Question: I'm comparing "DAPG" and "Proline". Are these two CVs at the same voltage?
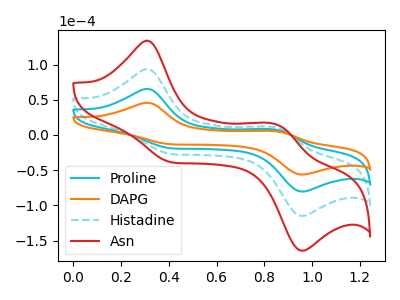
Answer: <think>The cyan curve "Proline" has anodic peaks at (0.30V, 65.40uA) (0.85V, 7.35uA) and cathodic peaks at (0.40V, -19.20uA) (0.95V, -80.35uA). The orange curve "DAPG" has anodic peaks at (0.30V, 45.75uA) (0.85V, 5.15uA) and cathodic peaks at (0.40V, -13.45uA) (0.95V, -56.20uA). The cyan dashed curve "Histadine" has anodic peaks at (0.30V, 130.80uA) (0.85V, 14.70uA) and cathodic peaks at (0.40V, -38.40uA) (0.95V, -160.70uA). The red curve "Asn" has anodic peaks at (0.30V, 196.20uA) (0.85V, 22.00uA) and cathodic peaks at (0.40V, -57.60uA) (0.95V, -241.05uA).
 All the peaks in "DAPG" have a peak in "Proline" at the same potential. Every peak in "DAPG" is lower than every peak in "Proline".</think>
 <answer>"DAPG" and "Proline" are similar in shape.</answer>
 <eval>same_shape</eval>